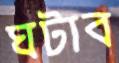
ঘটাব